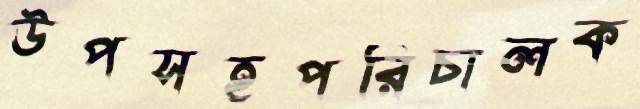
উপসহপরিচালক